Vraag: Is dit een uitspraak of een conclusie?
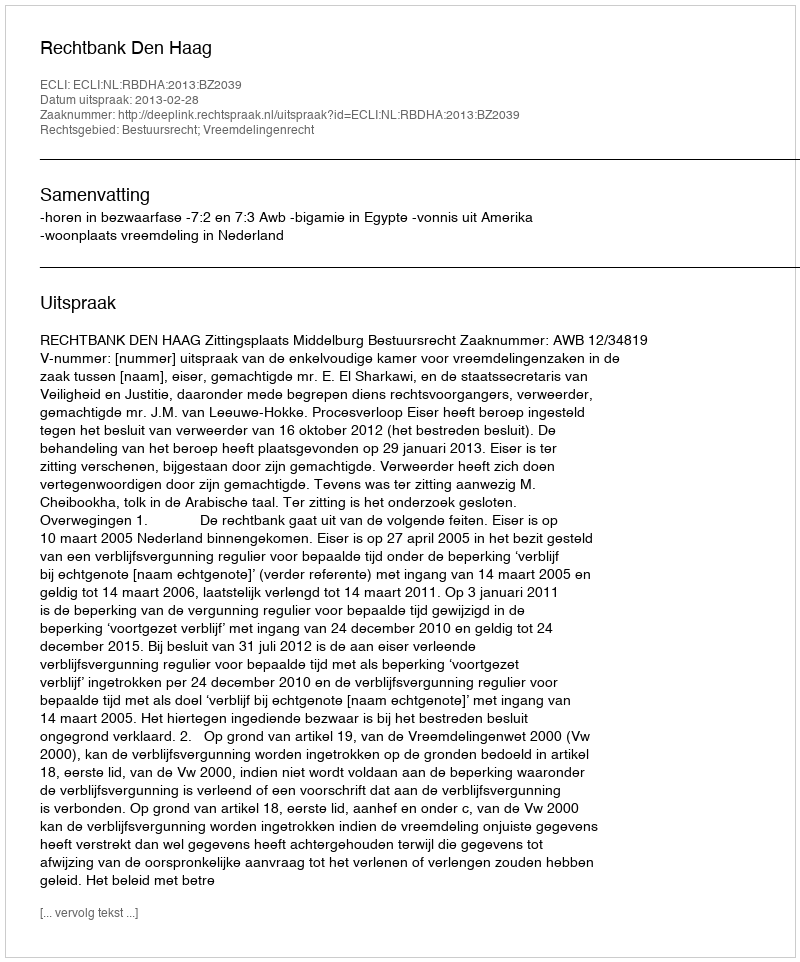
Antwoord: Uitspraak